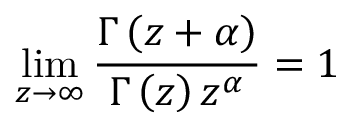
\operatorname* { l i m } _ { z \to \infty } \frac { \Gamma \left( z + \alpha \right) } { \Gamma \left( z \right) z ^ { \alpha } } = 1